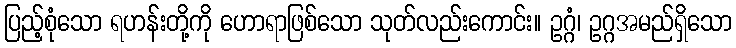
ပြည့်စုံသော ရဟန်းတို့ကို ဟောရာဖြစ်သော သုတ်လည်းကောင်း။ ဥဂ္ဂံ၊ ဥဂ္ဂအမည်ရှိသော